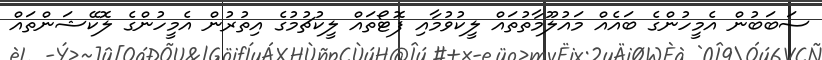
ސަބަބުން އެމީހުންގެ ބައެއް މައުލޫމާތުތައް ލީކުވުމާއި ފޮޓޯތައް ލީކުޗުމުގެ އިތުރުން އެމީހުންގެ ލޮކޭޝަންތައް